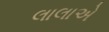
લાલાએ